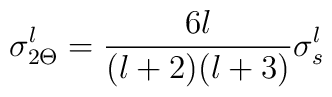
\sigma_{2 \Theta}^l = {6l \over (l+2)(l+3)}\sigma^l_s